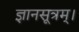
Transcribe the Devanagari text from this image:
ज्ञानसूत्रम्।